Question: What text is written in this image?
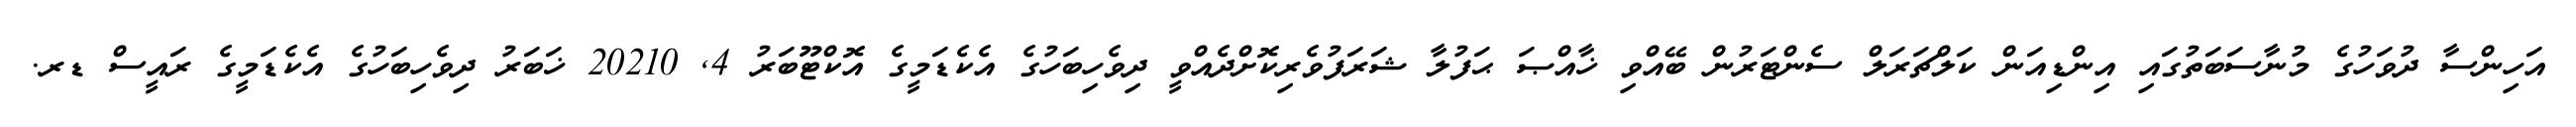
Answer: އަހިންސާ ދުވަހުގެ މުނާސަބަތުގައި އިންޑިއަން ކަލްޗަރަލް ސެންޓަރުން ބޭއްވި ޚާއްޞަ ޙަފުލާ ޝަރަފުވެރިކޮށްދެއްވީ ދިވެހިބަހުގެ އެކެޑަމީގެ އޮކްޓޫބަރު 4, 20210 ޚަބަރު ދިވެހިބަހުގެ އެކެޑަމީގެ ރައީސް ޑރ.